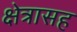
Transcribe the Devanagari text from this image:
क्षेत्रासह